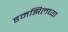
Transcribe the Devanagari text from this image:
डमझिलच्या